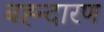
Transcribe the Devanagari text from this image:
बह्न्दारण